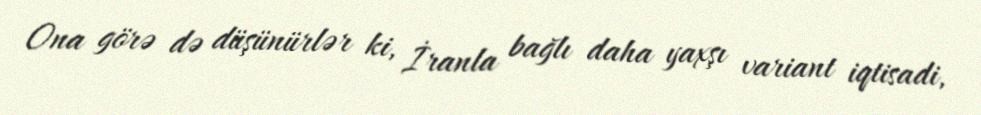
Ona görə də düşünürlər ki, İranla bağlı daha yaxşı variant iqtisadi,